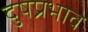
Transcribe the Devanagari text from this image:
दुषप्रभाव